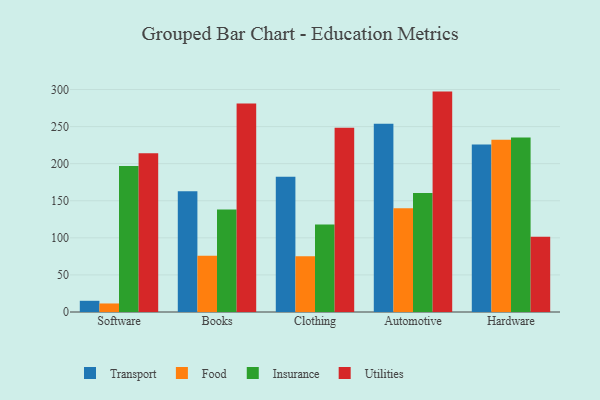
{"axis": {"x": "Category", "y": "Bounce Rate (%)"}, "legend": ["Food", "Insurance", "Transport", "Utilities"], "data": [{"x": "Software", "y": 15.1, "type": "Transport"}, {"x": "Software", "y": 11.5, "type": "Food"}, {"x": "Software", "y": 196.9, "type": "Insurance"}, {"x": "Software", "y": 213.9, "type": "Utilities"}, {"x": "Books", "y": 162.7, "type": "Transport"}, {"x": "Books", "y": 75.8, "type": "Food"}, {"x": "Books", "y": 138.1, "type": "Insurance"}, {"x": "Books", "y": 281.3, "type": "Utilities"}, {"x": "Clothing", "y": 182.3, "type": "Transport"}, {"x": "Clothing", "y": 75.3, "type": "Food"}, {"x": "Clothing", "y": 117.9, "type": "Insurance"}, {"x": "Clothing", "y": 248.5, "type": "Utilities"}, {"x": "Automotive", "y": 254.0, "type": "Transport"}, {"x": "Automotive", "y": 140.0, "type": "Food"}, {"x": "Automotive", "y": 160.4, "type": "Insurance"}, {"x": "Automotive", "y": 297.2, "type": "Utilities"}, {"x": "Hardware", "y": 225.7, "type": "Transport"}, {"x": "Hardware", "y": 232.4, "type": "Food"}, {"x": "Hardware", "y": 235.2, "type": "Insurance"}, {"x": "Hardware", "y": 101.5, "type": "Utilities"}]}